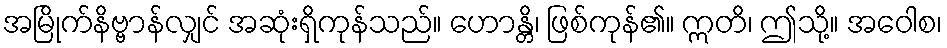
အမြိုက်နိဗ္ဗာန်လျှင် အဆုံးရှိကုန်သည်။ ဟောန္တိ၊ ဖြစ်ကုန်၏။ ဣတိ၊ ဤသို့။ အဝေါစ၊